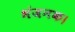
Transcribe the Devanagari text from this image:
भंजनक।